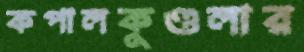
কপালকুণ্ডলার